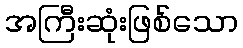
အကြီးဆုံးဖြစ်သော